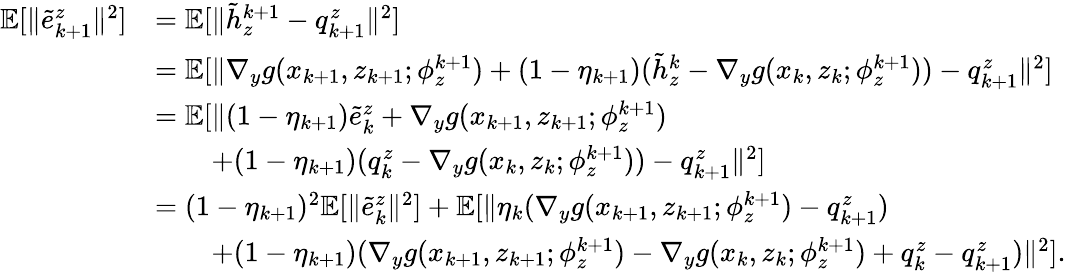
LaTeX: \begin{array}{rl}{\mathbb{E}[\| \tilde{e}_{k+1}^{z}\| ^{2}]}&{=\mathbb{E}[\| \tilde{h}_{z}^{k+1}-q_{k+1}^{z}\| ^{2}]}\\ &{=\mathbb{E}[\| \nabla_{y}g(x_{k+1},z_{k+1};\phi_{z}^{k+1})+(1-\eta_{k+1})(\tilde{h}_{z}^{k}-\nabla_{y}g(x_{k},z_{k};\phi_{z}^{k+1}))-q_{k+1}^{z}\| ^{2}]}\\ &{=\mathbb{E}[\| (1-\eta_{k+1})\tilde{e}_{k}^{z}+\nabla_{y}g(x_{k+1},z_{k+1};\phi_{z}^{k+1})}\\ &{\qquad+(1-\eta_{k+1})(q_{k}^{z}-\nabla_{y}g(x_{k},z_{k};\phi_{z}^{k+1}))-q_{k+1}^{z}\| ^{2}]}\\ &{=(1-\eta_{k+1})^{2}\mathbb{E}[\| \tilde{e}_{k}^{z}\| ^{2}]+\mathbb{E}[\| \eta_{k}(\nabla_{y}g(x_{k+1},z_{k+1};\phi_{z}^{k+1})-q_{k+1}^{z})}\\ &{\qquad+(1-\eta_{k+1})(\nabla_{y}g(x_{k+1},z_{k+1};\phi_{z}^{k+1})-\nabla_{y}g(x_{k},z_{k};\phi_{z}^{k+1})+q_{k}^{z}-q_{k+1}^{z})\| ^{2}].}\end{array}